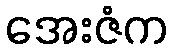
အေးဇံက